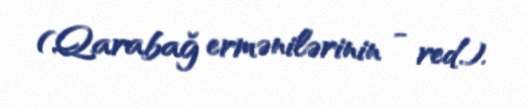
(Qarabağ ermənilərinin - red.).